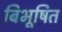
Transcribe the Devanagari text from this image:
बिभूषित